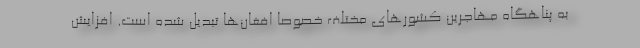
به پناهگاه مهاجرین کشورهای مختلف خصوصا افغان‌ها تبدیل شده است. افزایش